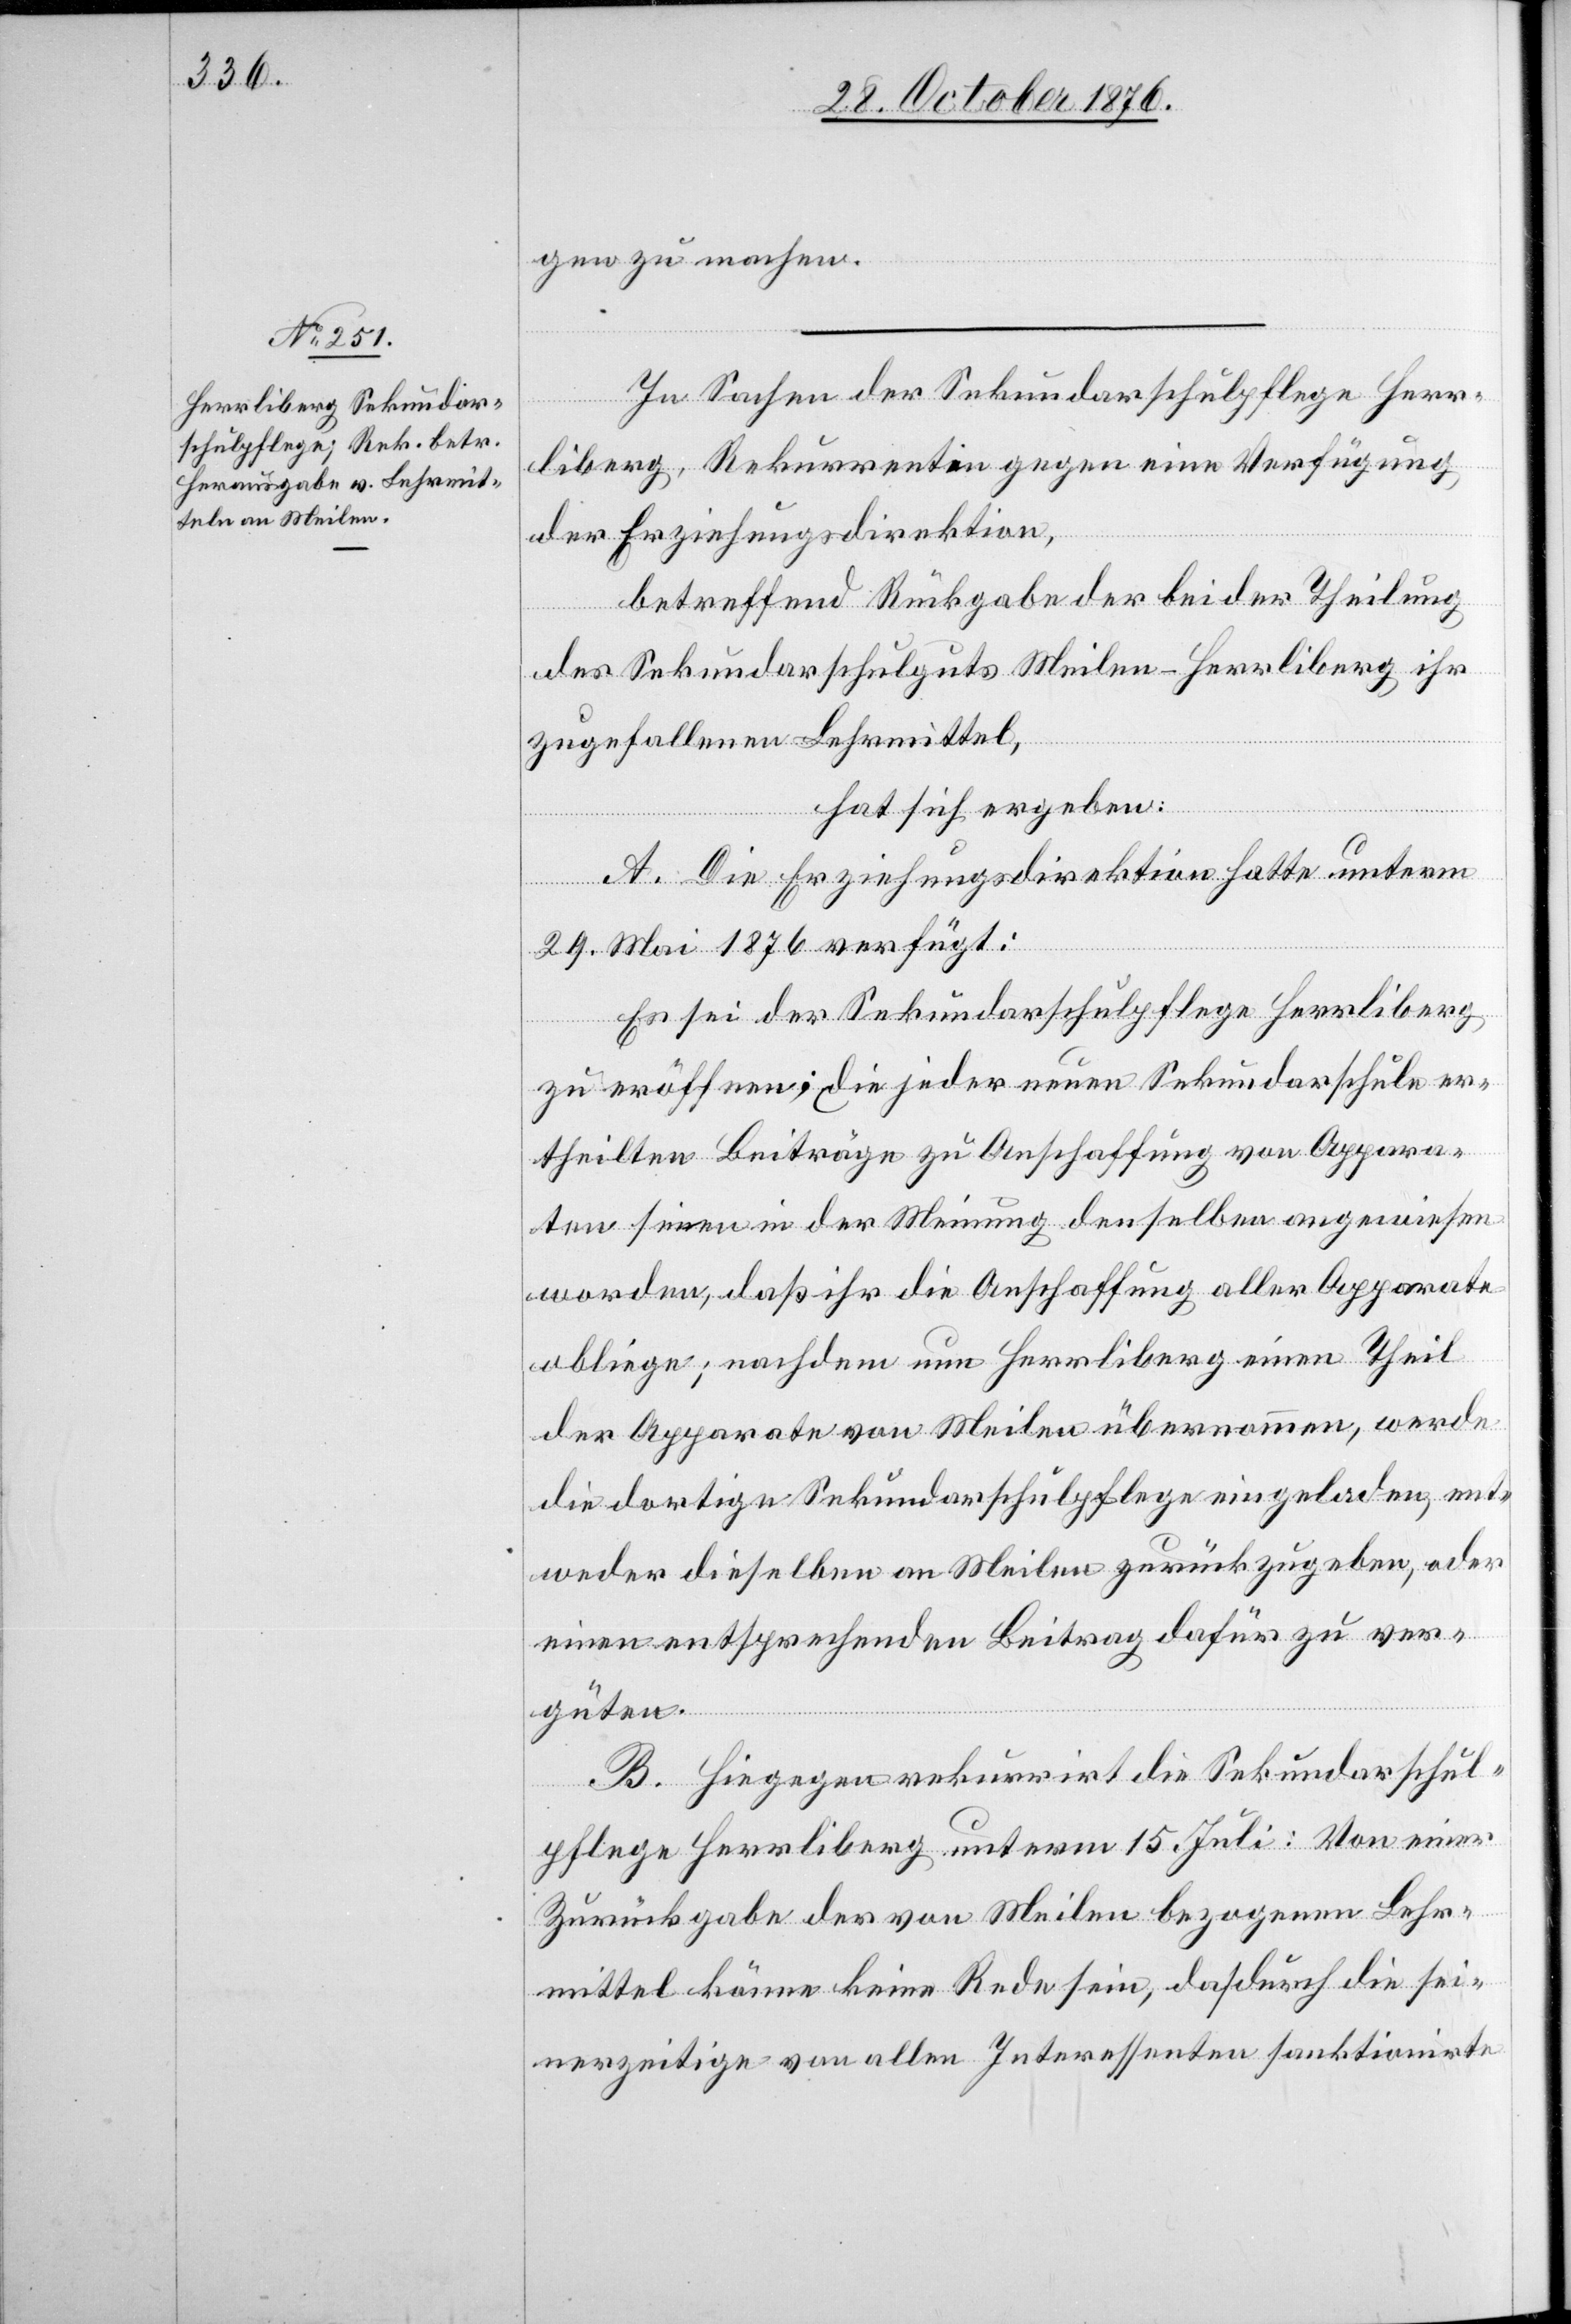
gen zu machen.
In Sachen der Sekundarschulpflege Herr¬
liberg, Rekurrentin gegen eine Verfügung
der Erziehungsdirektion,
betreffend Rückgabe der bei der Theilung
des Sekundarschulguts Meilen-Herrliberg ihr
zugefallenen Lehrmittel,
hat sich ergeben:
A. Die Erziehungsdirektion hatte unterm
29. Mai 1876 verfügt:
Es sei der Sekundarschulpflege Herrliberg
zu eröffnen: die jeder neuen Sekundarschule er¬
theilten Beiträge zu Anschaffung von Appara¬
ten seien in der Meinung denselben angewiesen
worden, daß ihr die Anschaffung aller Apparate
obliege; nachdem nun Herrliberg einen Theil
der Apparate von Meilen übernommen, werde
die dortige Sekundarschulpflege eingeladen, ent¬
weder dieselben an Meilen zurückzugeben, oder
einen entsprechenden Beitrag dafür zu ver¬
güten.
B. Hiegegen rekurrirt die Sekundarschul¬
pflege Herrliberg unterm 15. Juli: Von einer
Zurückgabe des von Meilen bezogenen Lehr¬
mittel könne keine Rede sein, da durch die sei¬
nerzeitige von allen Interessenten sanktionirte